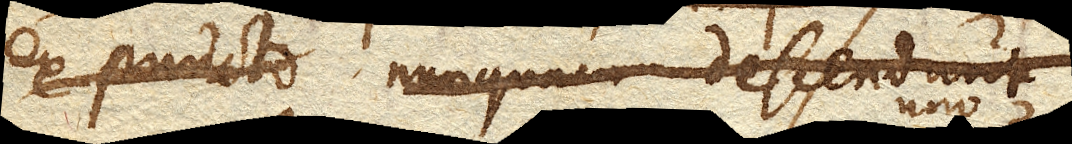
ex puncto nunquam descendunt